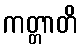
ကတ္တာတိ